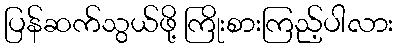
ပြန်ဆက်သွယ်ဖို့ ကြိုးစားကြည့်ပါလား